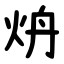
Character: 炿